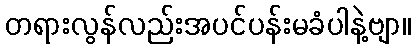
တရားလွန်လည်းအပင်ပန်းမခံပါနဲ့ဗျာ။